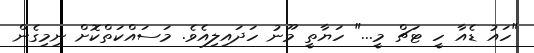
"ހައު ޑެއާ ހީ ޓަޗް މީ..." ހަޔާތީ މޫނު ހަދައިލިއެވެ. މަސައްކަތްކޮށް ނިމިގެން